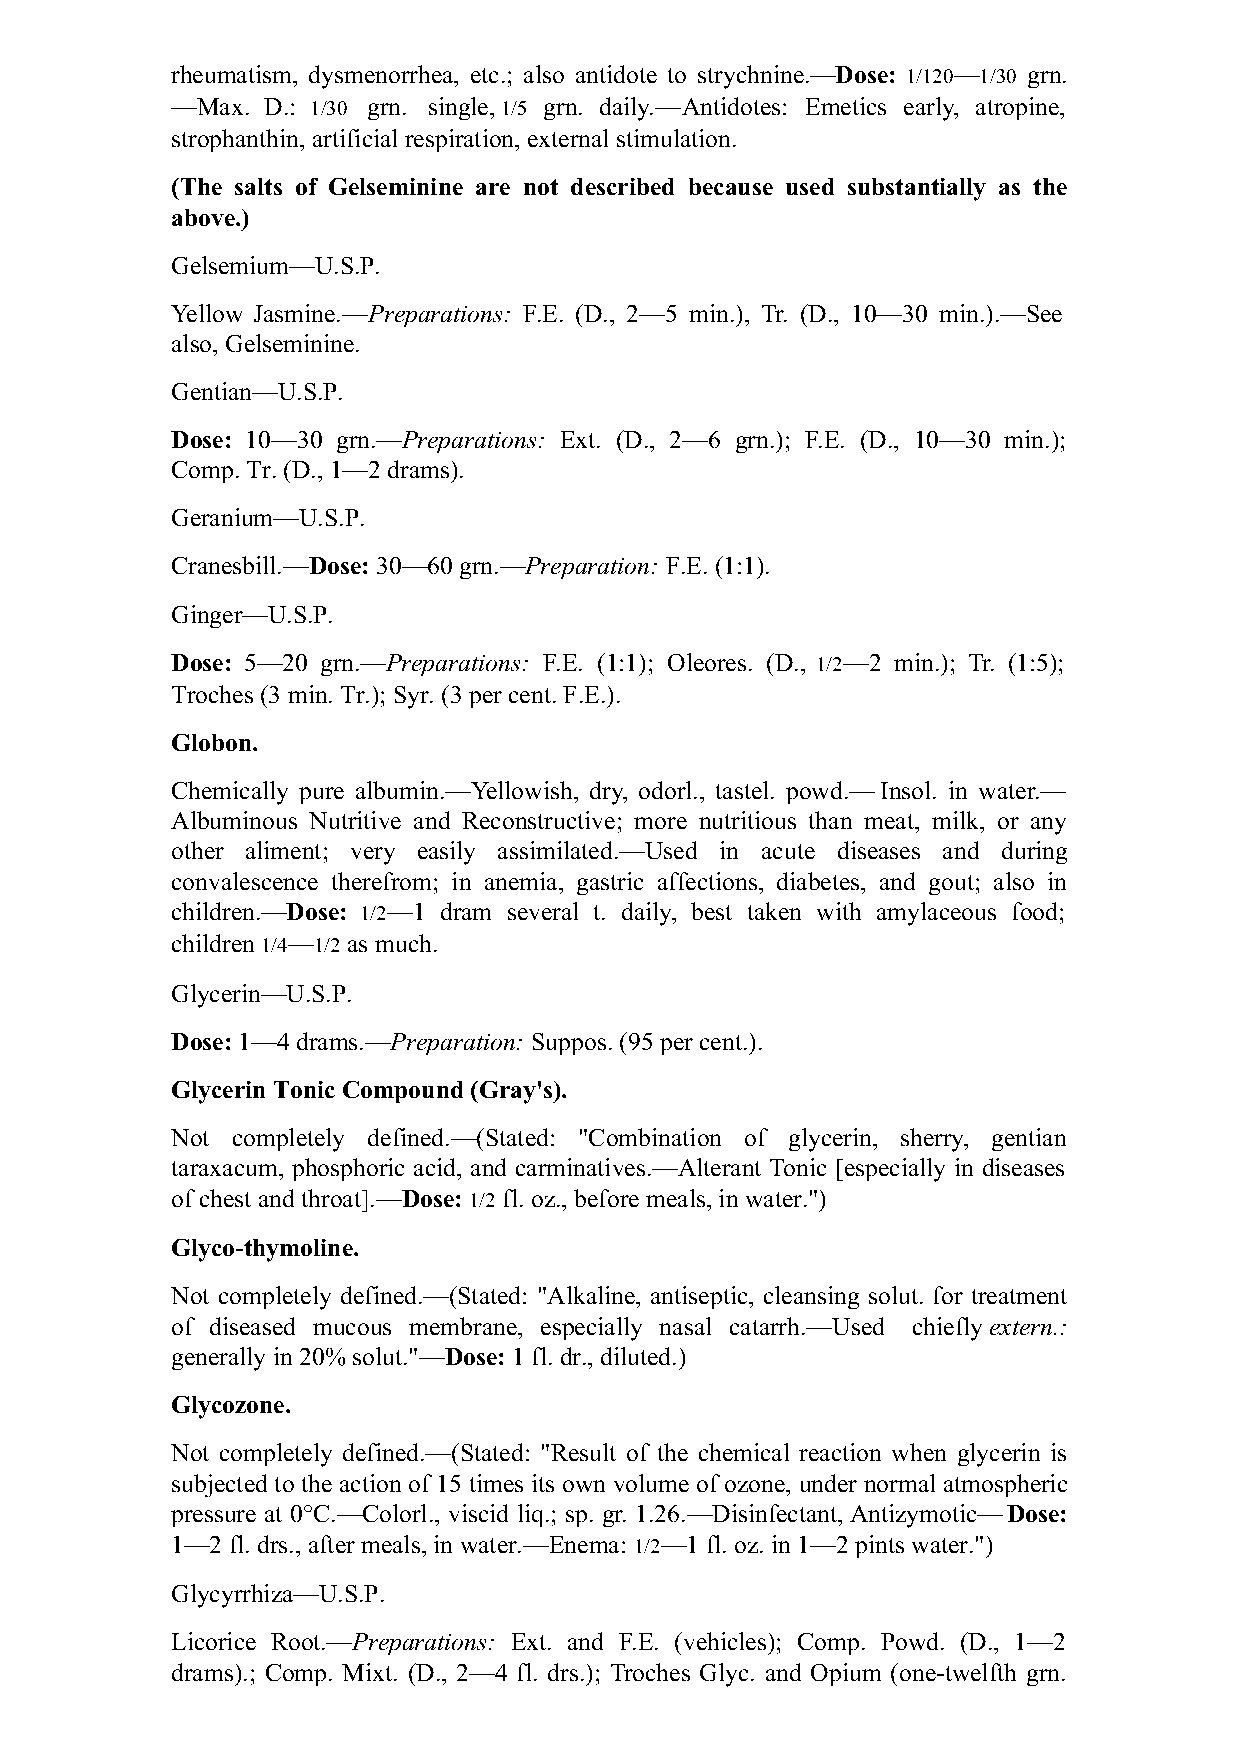
rheumatism, dysmenorrhea, etc.; also antidote to strychnine.—Dose: 1/120—1/30 grn.
 —Max. D.: 1/30 grn. single, 1/5 grn. daily.—Antidotes: Emetics early, atropine,
 strophanthin, artificial respiration, external stimulation.
 (The salts of Gelseminine are not described because used substantially as the
 above.)
 Gelsemium—U.S.P.
 Yellow Jasmine.—Preparations: F.E. (D., 2—5 min.), Tr. (D., 10—30 min.).—See
 also, Gelseminine.
 Gentian—U.S.P.
 Dose: 10—30 grn.—Preparations: Ext. (D., 2—6 grn.); F.E. (D., 10—30 min.);
 Comp. Tr. (D., 1—2 drams).
 Geranium—U.S.P.
 Cranesbill.—Dose: 30—60 grn.—Preparation: F.E. (1:1).
 Ginger—U.S.P.
 Dose: 5—20 grn.—Preparations: F.E. (1:1); Oleores. (D., 1/2—2 min.); Tr. (1:5);
 Troches (3 min. Tr.); Syr. (3 per cent. F.E.).
 Globon.
 Chemically pure albumin.—Yellowish, dry, odorl., tastel. powd.—Insol. in water.—
 Albuminous Nutritive and Reconstructive; more nutritious than meat, milk, or any
 other aliment; very easily assimilated.—Used in acute diseases and during
 convalescence therefrom; in anemia, gastric affections, diabetes, and gout; also in
 children.—Dose: 1/2—1 dram several t. daily, best taken with amylaceous food;
 children 1/4—1/2 as much.
 Glycerin—U.S.P.
 Dose: 1—4 drams.—Preparation: Suppos. (95 per cent.).
 Glycerin Tonic Compound (Gray's).
 Not completely defined.—(Stated: "Combination of glycerin, sherry, gentian
 taraxacum, phosphoric acid, and carminatives.—Alterant Tonic [especially in diseases
 of chest and throat].—Dose: 1/2 fl. oz., before meals, in water.")
 Glyco-thymoline.
 Not completely defined.—(Stated: "Alkaline, antiseptic, cleansing solut. for treatment
 of diseased mucous membrane, especially nasal catarrh.—Used chiefly extern.:
 generally in 20% solut."—Dose: 1 fl. dr., diluted.)
 Glycozone.
 Not completely defined.—(Stated: "Result of the chemical reaction when glycerin is
 subjected to the action of 15 times its own volume of ozone, under normal atmospheric
 pressure at 0°C.—Colorl., viscid liq.; sp. gr. 1.26.—Disinfectant, Antizymotic—Dose:
 1—2 fl. drs., after meals, in water.—Enema: 1/2—1 fl. oz. in 1—2 pints water.")
 Glycyrrhiza—U.S.P.
 Licorice Root.—Preparations: Ext. and F.E. (vehicles); Comp. Powd. (D., 1—2
 drams).; Comp. Mixt. (D., 2—4 fl. drs.); Troches Glyc. and Opium (one-twelfth grn.